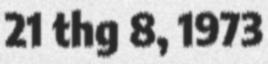
21 thg 8, 1973